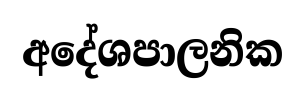
අදේශපාලනික